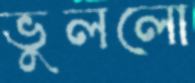
ভুললো